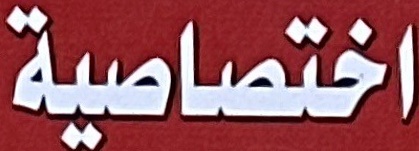
اختصاصية